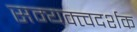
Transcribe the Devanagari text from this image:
सम्यक्त्वदर्शक